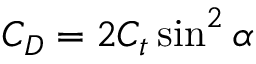
\begin{array} { r } { C _ { D } = 2 C _ { t } \sin ^ { 2 } \alpha } \end{array}